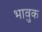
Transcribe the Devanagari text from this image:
भावुक